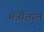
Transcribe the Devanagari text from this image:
मन्नीलाल